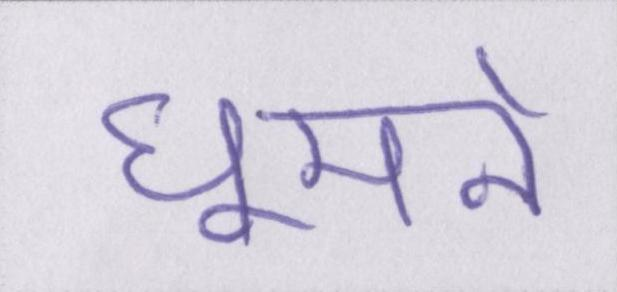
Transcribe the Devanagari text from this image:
घूमने